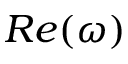
R e ( \omega )